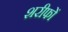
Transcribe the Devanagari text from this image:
शरीफों